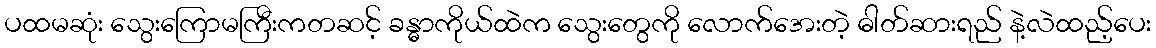
ပထမဆုံး သွေးကြောမကြီးကတဆင့် ခန္ဓာကိုယ်ထဲက သွေးတွေကို လောက်အေးတဲ့ ဓါတ်ဆားရည် နဲ့လဲထည့်ပေး